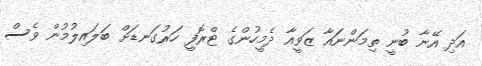
އަދި އޭނާ ބުނީ ތިމަންނައާ ޒަވީއާ ދެމީހުންގެ ޓްރޮފީ ހަރުގަނޑަށް ބަލައިލުމުން ވެސް